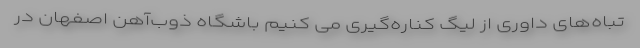
تباه‌های داوری از لیگ کناره‌گیری می کنیم باشگاه ذوب‌آهن اصفهان در